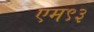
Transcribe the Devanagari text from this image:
एम९३